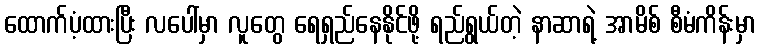
ထောက်ပံ့ထားပြီး လပေါ်မှာ လူတွေ ရေရှည်နေနိုင်ဖို့ ရည်ရွယ်တဲ့ နာဆာရဲ့ အာမိစ် စီမံကိန်းမှာ